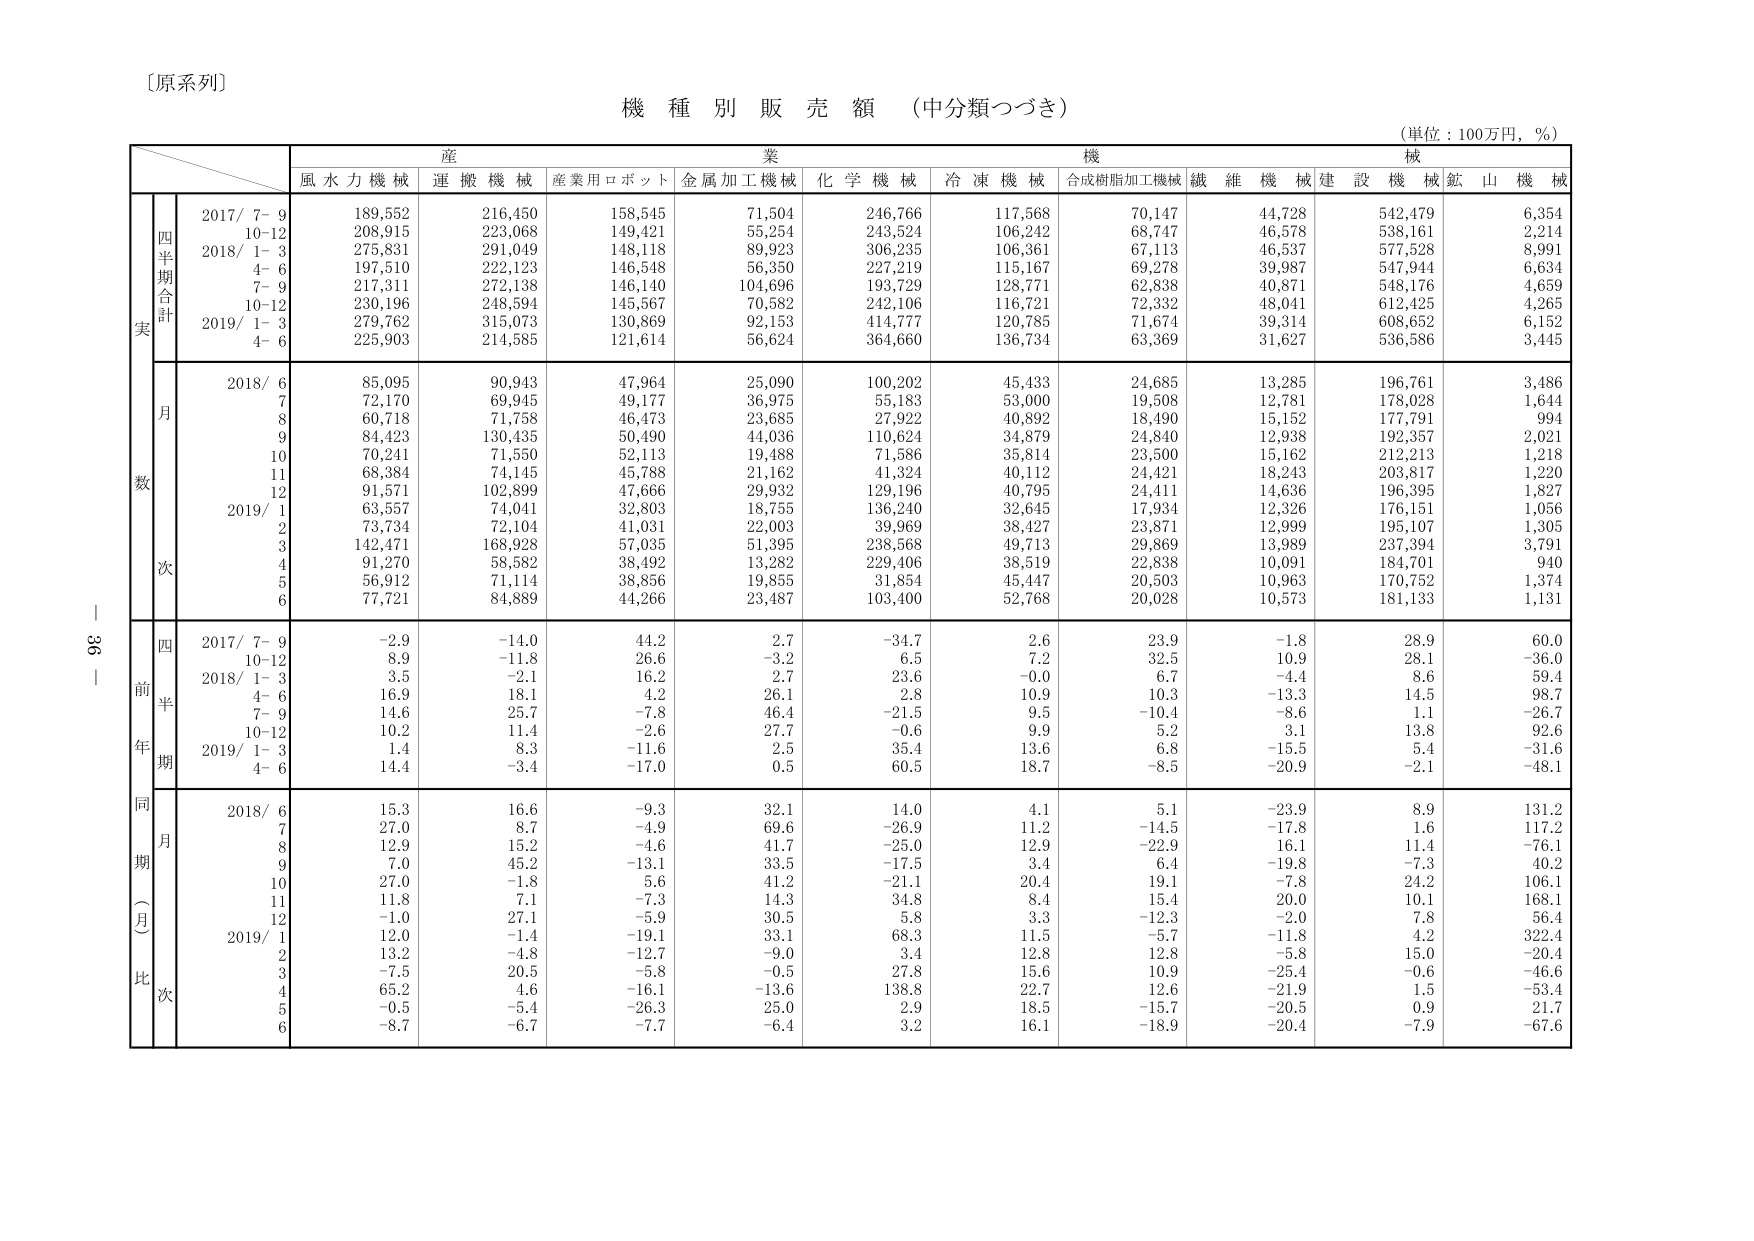
〔原系列〕

機 種 別 販 売 額 （中分類つづき）

（単位：100万円，％）